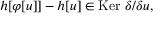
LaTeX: h [ \varphi [ u ] ] - h [ u ] \in \mathrm { K e r ~ } \delta / \delta u ,